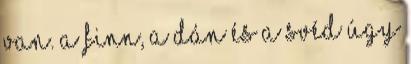
van. A finn, a dán és a svéd úgy